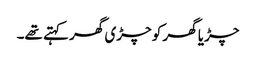
چڑیا گھر کو چڑی گھر کہتے تھے۔